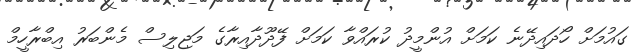
ގައުމަށް ހޯދައިދޭނެ ކަމަށް އުންމީދު ކުރައްވާ ކަމަށް ފޭދޫދާއިރާގެ މަޖިލިސް މެންބަރު އިބްރާހީމް